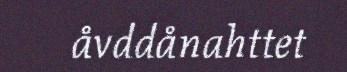
åvddånahttet